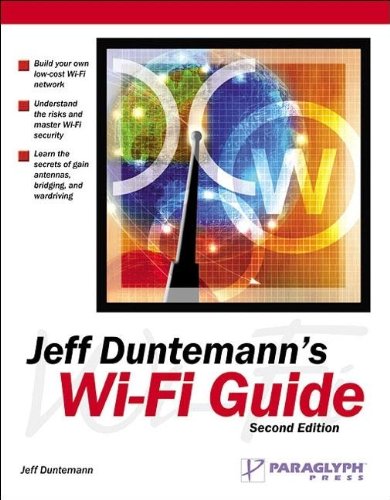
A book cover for Jeff Duntemann's Wi-Fi Guide, Second Edition; Jeff Duntemann; Computers & Technology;